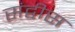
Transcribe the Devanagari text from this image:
संद्वीस